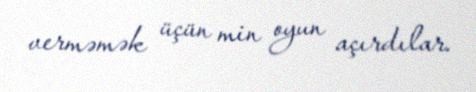
verməmək üçün min oyun açırdılar.